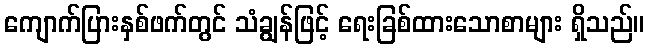
ကျောက်ပြားနှစ်ဖက်တွင် သံချွန်ဖြင့် ရေးခြစ်ထားသောစာများ ရှိသည်။